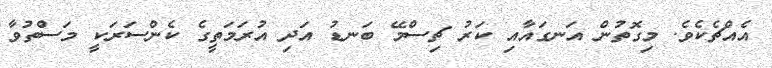
އެއްޗެކެވެ. މިގޮތުން އަނގައާއި ކަރު ޗިސްމޭ ބަނޑު އަދި އުރަމަތީގެ ކެންސަރަކީ މަސްތުވާ